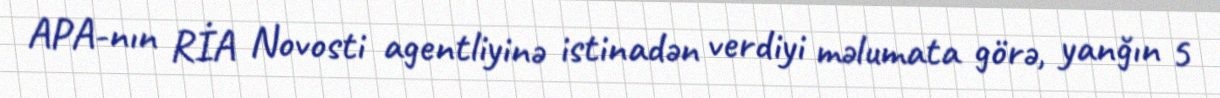
APA-nın RİA Novosti agentliyinə istinadən verdiyi məlumata görə, yanğın 5